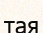
тая